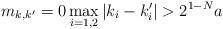
LaTeX: \begin{align*}m_{k,k^{\prime}}=0\max_{i=1,2}\left\vert k_{i}-k_{i}^{\prime}\right\vert >2^{1-N}a \end{align*}